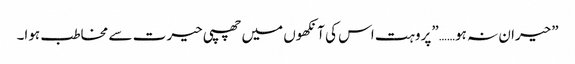
”حیران نہ ہو……”پروہت اس کی آنکھوں میں چھپی حیرت سے مخاطب ہوا۔